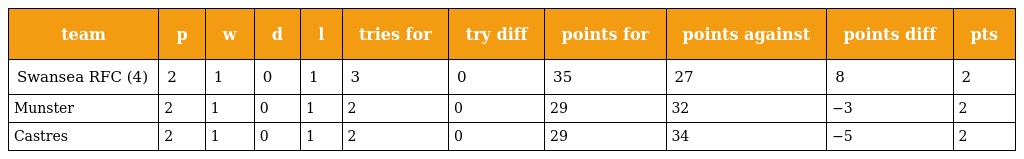
| team | p | w | d | l | tries for | try diff | points for | points against | points diff | pts |
 | --- | --- | --- | --- | --- | --- | --- | --- | --- | --- | --- |
 | Swansea RFC (4) | 2 | 1 | 0 | 1 | 3 | 0 | 35 | 27 | 8 | 2 |
 | Munster | 2 | 1 | 0 | 1 | 2 | 0 | 29 | 32 | −3 | 2 |
 | Castres | 2 | 1 | 0 | 1 | 2 | 0 | 29 | 34 | −5 | 2 |